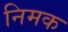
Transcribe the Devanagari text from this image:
निमक